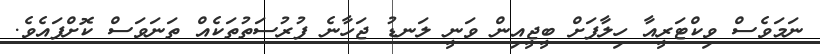
ނަމަވެސް ވިކްޓަރީއާ ހިލާފަށް ބީޖީއިން ވަނީ ލަނޑު ޖަހާނެ ފުރުސަތުތަކެއް ތަނަވަސް ކޮށްފައެވެ.